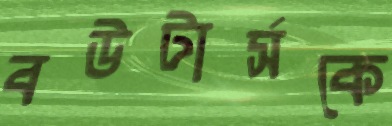
বউটার্সকে